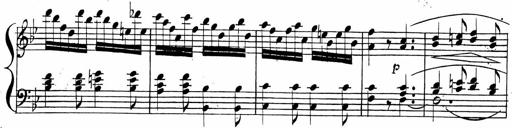
Title: 2 Piano Sonatinas
Composer: Ferdinand Ries